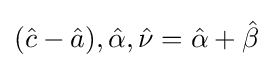
({\hat {c}}-{\hat {a}}),{\hat {\alpha }},{\hat {\nu }}={\hat {\alpha }}+{\hat {\beta }}